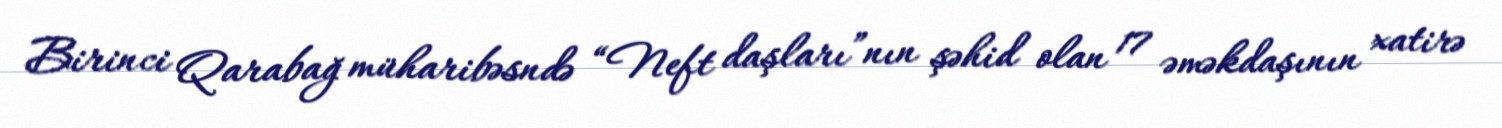
Birinci Qarabağ müharibəsndə “Neft daşları”nın şəhid olan 17 əməkdaşının xatirə